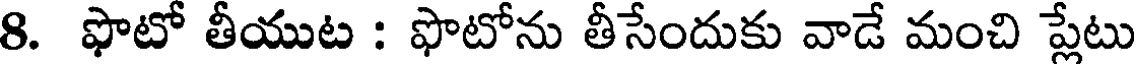
8. ఫొటో తీయుట : ఫొటోను తీసేందుకు వాడే మంచి ప్లేటు